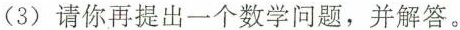
(3)请你再提出一个数学问题，并解答。